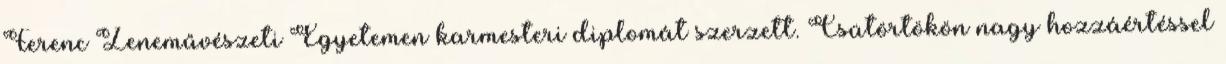
Ferenc Zeneművészeti Egyetemen karmesteri diplomát szerzett. Csütörtökön nagy hozzáértéssel